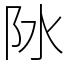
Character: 阥